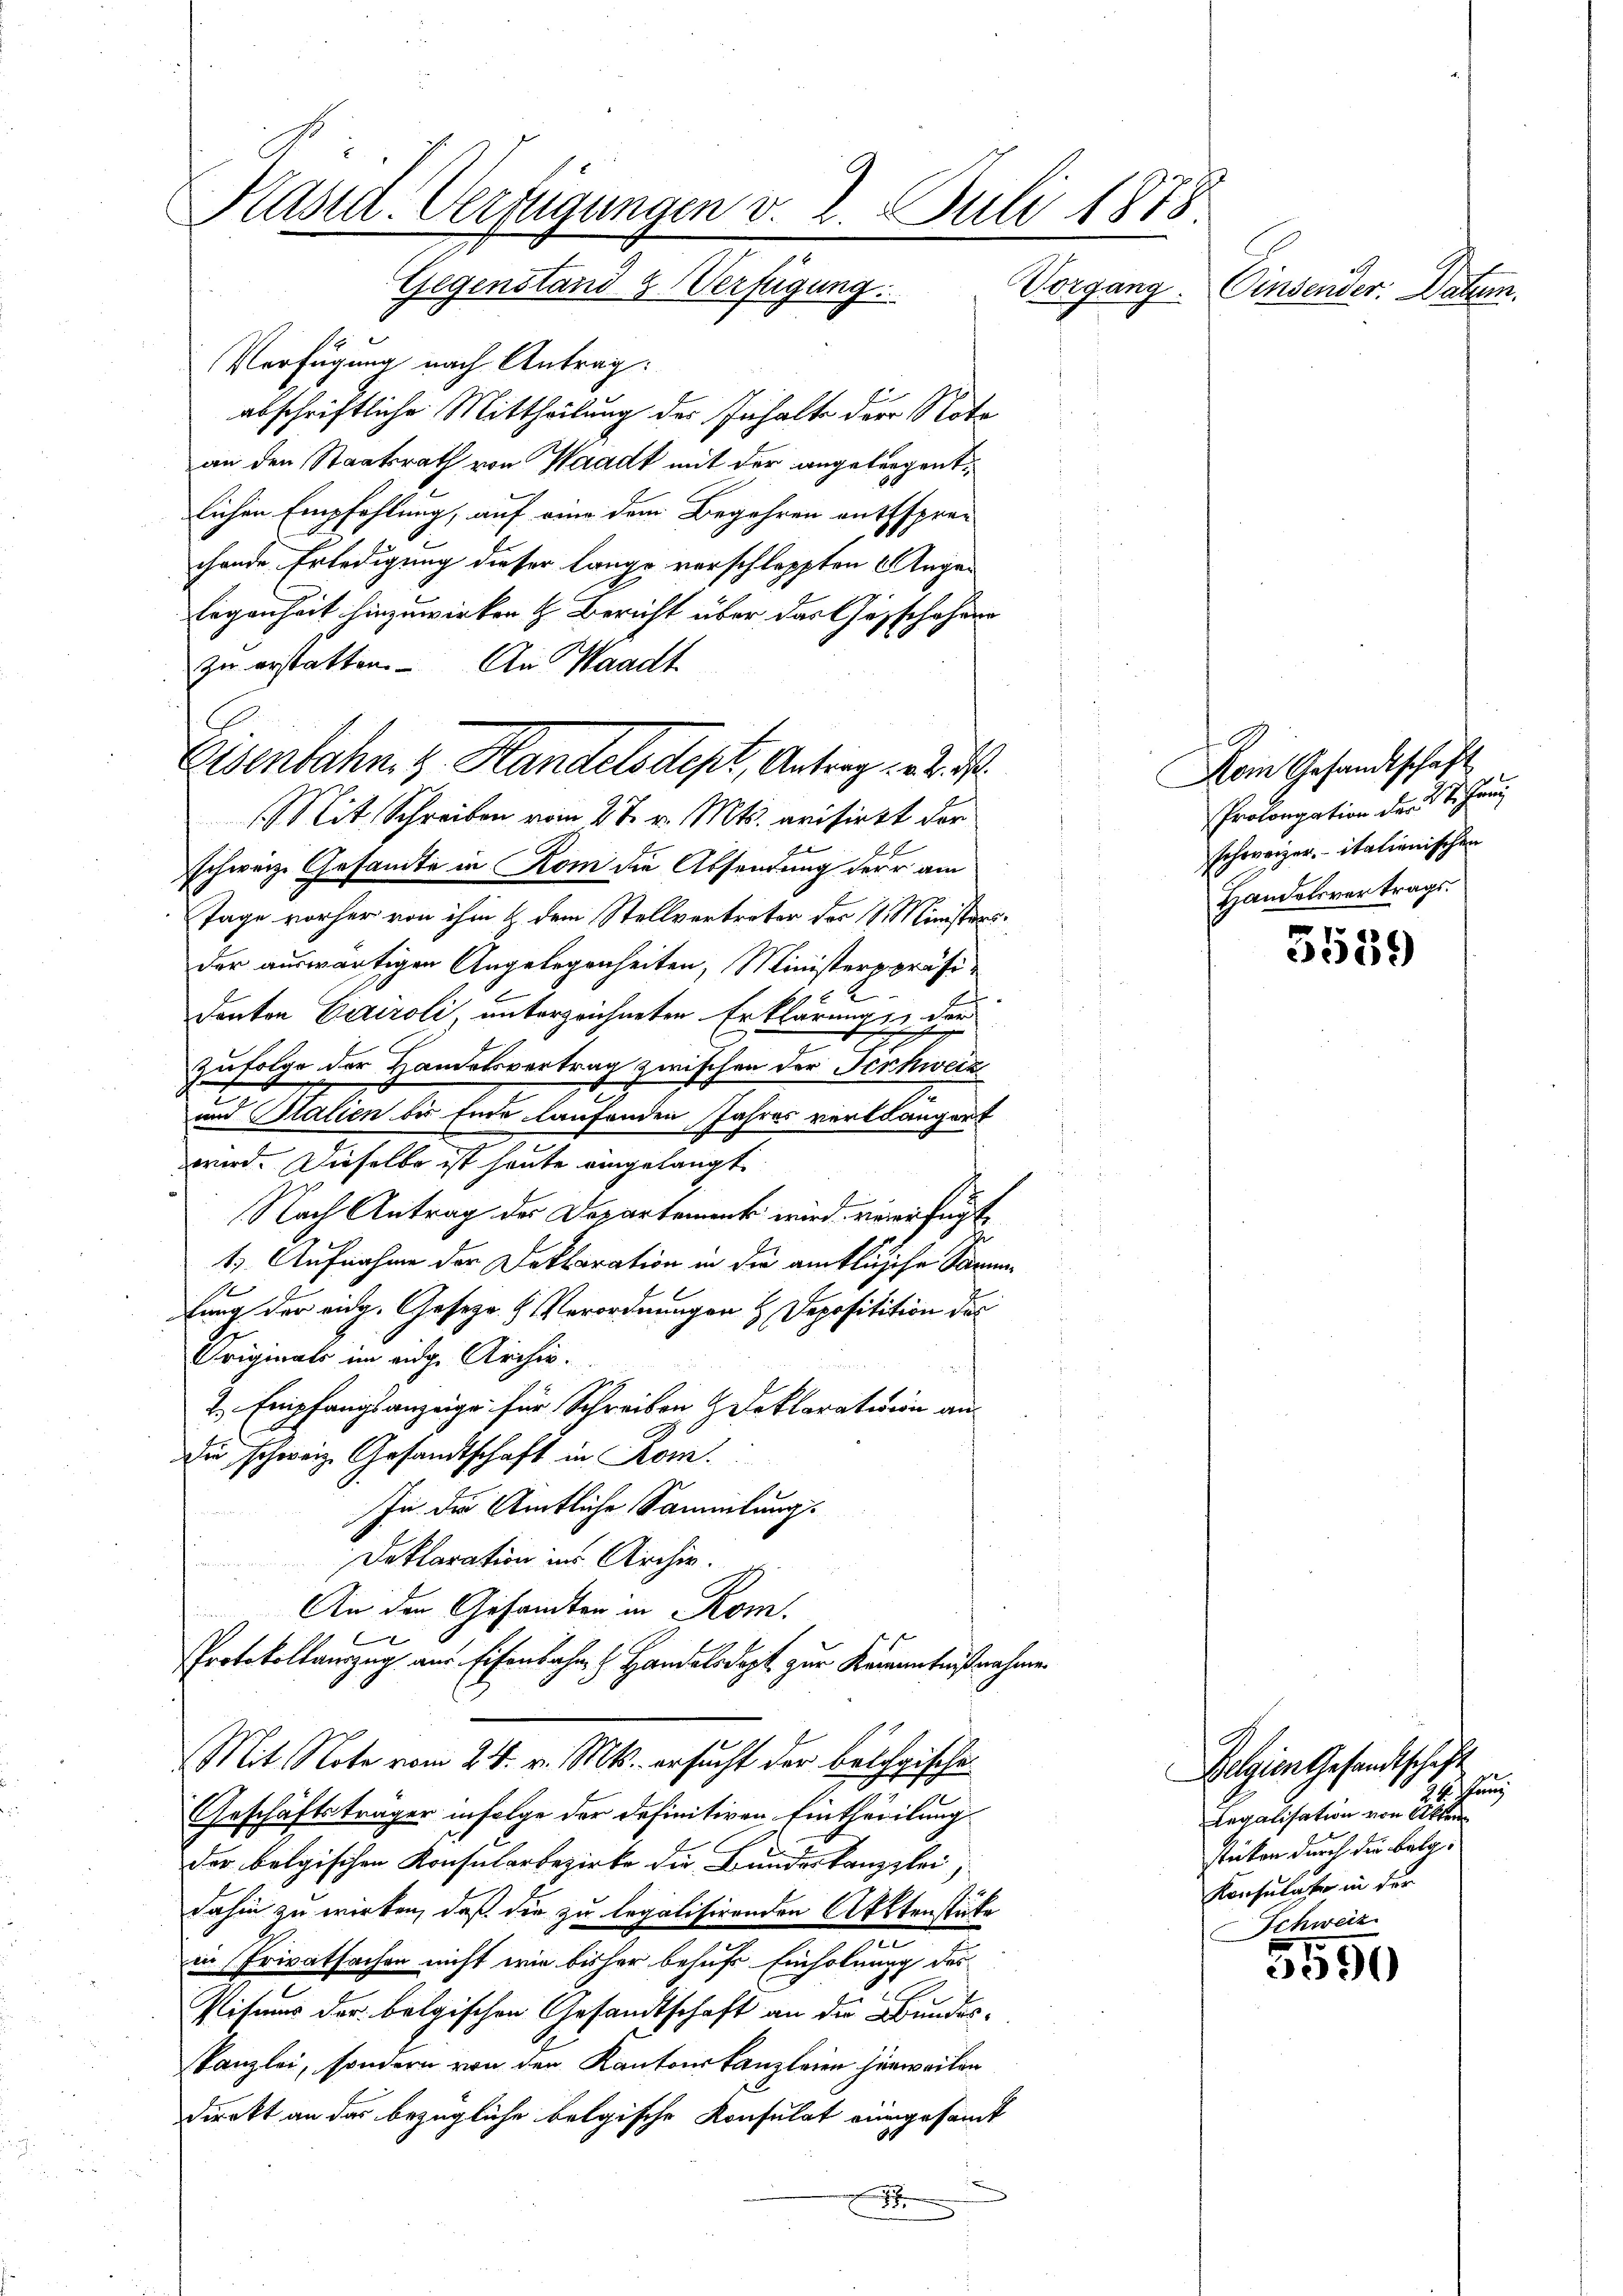
Päsil. Verfügungen v. 2. Juli 1878.
Gegenstand & Verfügung.
Vorgang. Einsender. Datum.
3

Verfügung nach Antrag:
abschriftliche Mittheilung des Inhalte der Nota
an den Staatsrath von Waadt mit der angetragentlichen Empfehlung, auf eine dem Begehren entsprechende Erledigung dieser lange verschleppten Angelegenheit hinzuwirken & Bericht über das Geschehen
zu erstatten. An Waadt
u
schweiz. Gesamte in Rom die Absendung der am
Tage vorher von ihm & dem Stellvertreter des 11 Ministers.
der auswärtigen Angelegenheiten, Ministerspräsix
Donton Caroli, unterzeichneten Erklärungsze
zufolge der Handelsvertrag zwischen der Schweiz
E
und Stalien bis Ende laufenden Jahres verlangert
wird. Dieselbe ist heute eingelangt
Nach Antrag des Departement wird vererfügt
1) Aufnahme der Dektoration in die amtlich ihr Samm¬
1
fung der eidg. Geseze & Verordnungen & Depositition des
Originats im eidge Archiv.
2 Empfangsanzeige für Schreiben & Deklaratione an¬
Die schweiz. Gesandtschaft in Kom
In die Amtliche Sammlung.
Deklaration in Archiv.
n
An den Gesandten in Rom.

Protokollauszug aus Eisenbahn & Handelsdept zur Kenntnißnahmen
Mit Note vom 24. v. Mts. ersucht der beichgische¬
Geschäftsträger infolge der definitiven Eintheilung
der belgischen Konsularbezirke die Bundeskanzlei
dahin zu wirken, daß die zu legalisirenden Aktenstücke
e
in Privatsachen nicht wie bisher behufs Einholung des
1
E
Visums der belgischen Gesandtschaft an die Bundesskanzlei, sondern von den Kantonskanzleien hinweilen
direkt an das bezügliche belgische Konsulat eingesamt

Eisenbahn z. Handels dept, Antrag d
Mit Schreiben vom 27. v. Mts. arisirtt der

O
Nom Gesandtschaft
Prolongation der St. Ganz
schweizer italienischen
Handelsvertrags.

5559

5550

Belgien Gesandtschaft
24. Juni
legalisation von Akten
stikon durch die Belg
Konsulater in der
Schweiz.